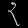
Digit: ၃